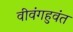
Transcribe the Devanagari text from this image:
वीवंगहुवंत